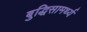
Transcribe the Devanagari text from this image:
बुद्धिसामर्थ्य